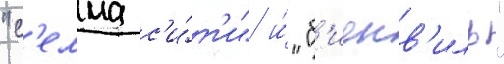
"с'елма с'и́т'и" и́ "б'иенв'иль"